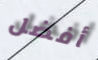
أفضل